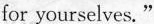
for yourselves."